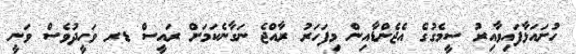
ހުށައަޅާފައިވާއިރު ސީމެގުގެ އެޖެންޑާއިން މިފަހަރު ރާއްޖެ ނަގާނެކަމަށް ރައީސް ޑރ ވަހީދުވެސް ވަނީ